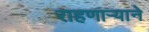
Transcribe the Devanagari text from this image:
राहणार्‍याने